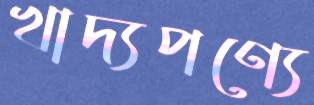
খাদ্যপণ্যে